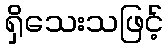
ရှိသေးသဖြင့်